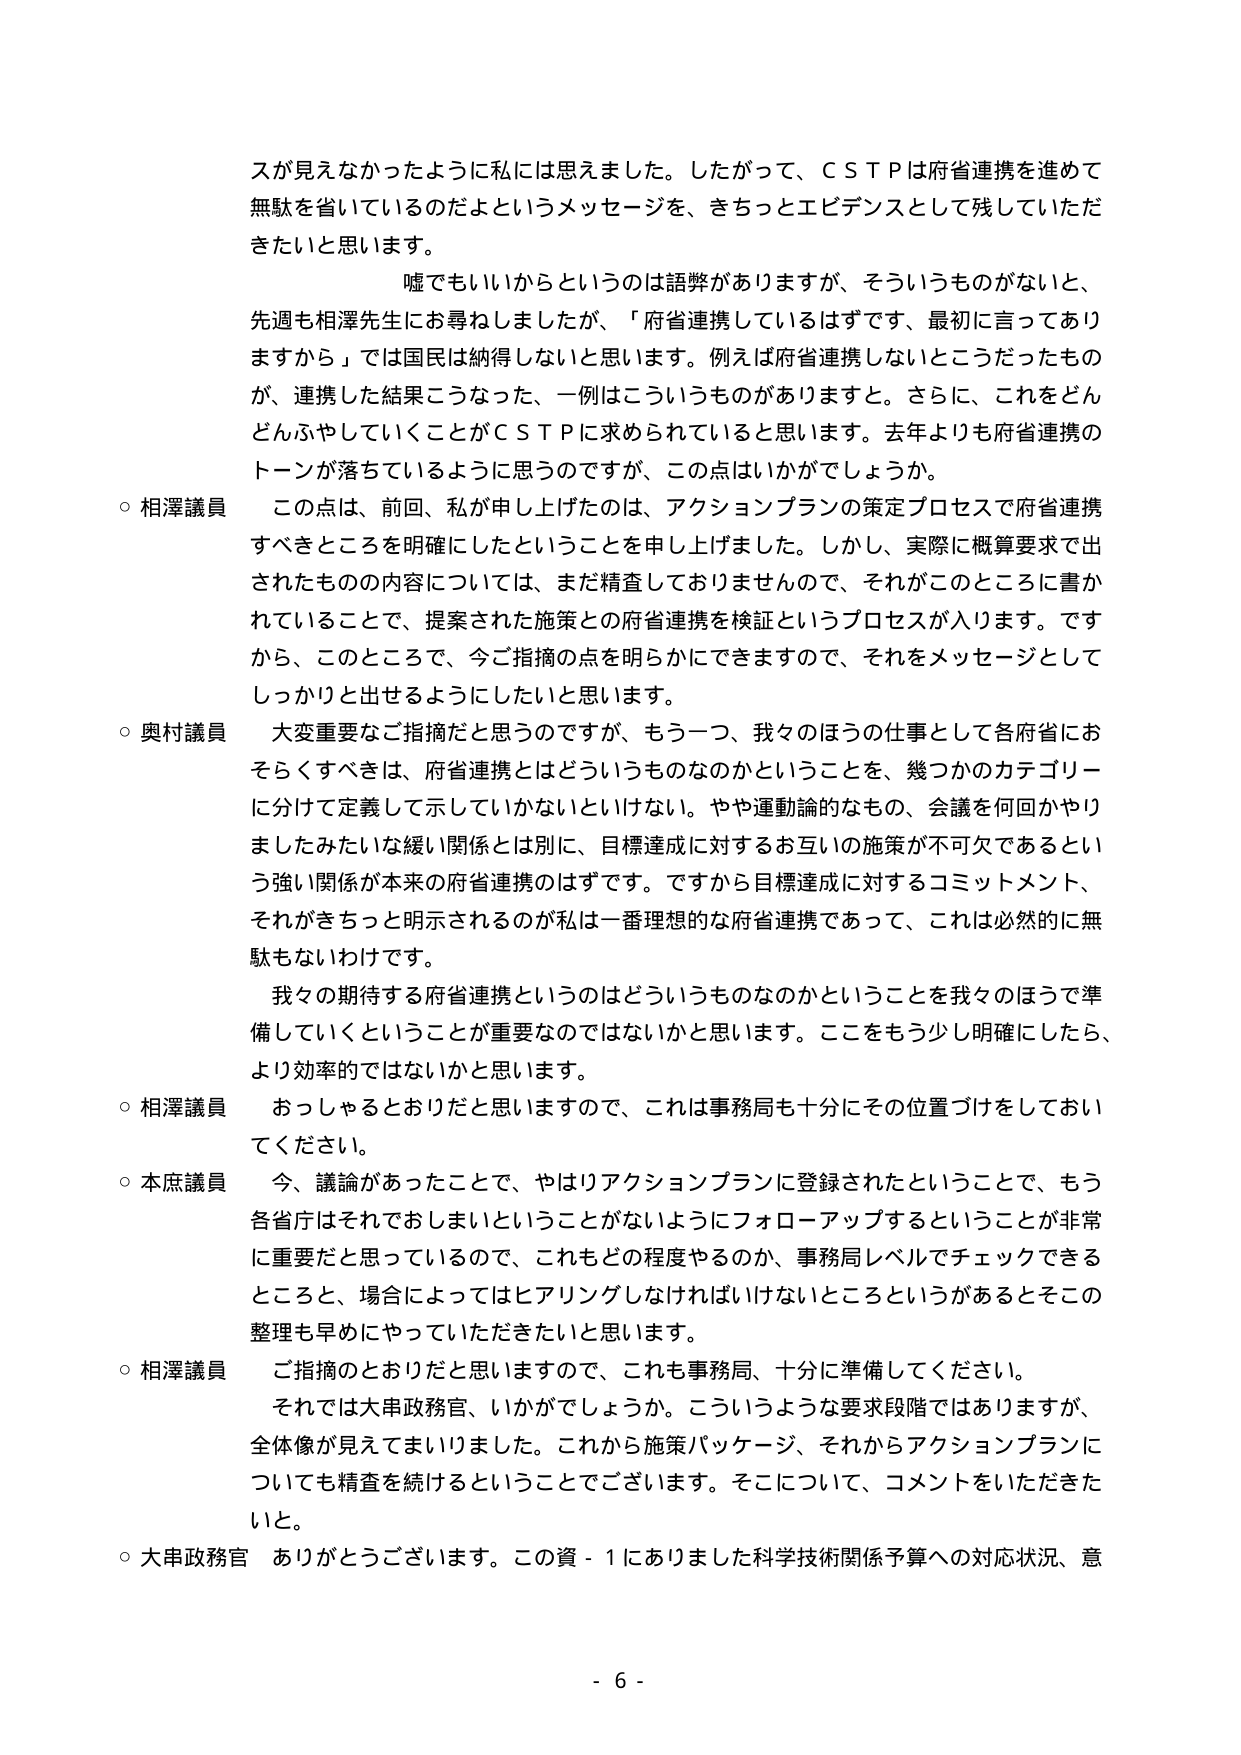
スが見えなかったように私には思えました。したがって、ＣＳＴＰは府省連携を進めて無駄を省いているのだよというメッセージを、きちっとエビデンスとして残していただきたいと思います。

嘘でもいいからというのは語弊がありますが、そういうものがないと、先週も相澤先生にお尋ねしましたが、「府省連携しているはずです、最初に言ってありますから」では国民は納得しないと思います。例えば府省連携しないところだったものが、連携した結果こうなった、一例はこういうものがあります。さらに、これをどんどんふやしていくことがＣＳＴＰに求められていると思います。去年よりも府省連携のトーンが落ちているように思うのですが、この点はいかがでしょうか。

○ 相澤議員　この点は、前回、私が申し上げたのは、アクションプランの策定プロセスで府省連携すべきところを明確にしたということを申し上げました。しかし、実際に概算要求で出されたものの内容については、まだ精査しておりませんので、それがこのところに書かれていることで、提案された施策との府省連携を検証というプロセスが入ります。ですから、このところで、今ご指摘の点を明らかにできますので、それをメッセージとしてしっかりと出せるようにしたいと思います。

○ 奥村議員　大変重要なご指摘だと思うのですが、もう一つ、我々のほうの仕事として各府省におそらくすべきは、府省連携とはどういうものなのかということを、幾つかのカテゴリーに分けて定義して示していかないといけない。やや運動論的なもの、会議を何回かやりましたみたいな緩い関係とは別に、目標達成に対するお互いの施策が不可欠であるという強い関係が本来の府省連携のはずです。ですから目標達成に対するコミットメント、それがきちっと明示されるのが私は一番理想的な府省連携であって、これは必然的に無駄もないわけです。

我々の期待する府省連携というのはどういうものなのかということを我々のほうで準備していくということが重要なのではないかと思います。ここをもう少し明確にしたら、より効率的ではないかと思います。

○ 相澤議員　おっしゃるとおりだと思いますので、これは事務局も十分にその位置づけをしておいてください。

○ 本庶議員　今、議論があったことで、やはりアクションプランに登録されたということで、もう各省庁はそれでおしまいということがないようにフォローアップするということが非常に重要だと思っているので、これもどの程度やるのか、事務局レベルでチェックできるところと、場合によってはヒアリングしなければいけないところというがあるとそこの整理も早めにやっていただきたいと思います。

○ 相澤議員　ご指摘のとおりだと思いますので、これも事務局、十分に準備してください。それでは大串政務官、いかがでしょうか。こういうような要求段階ではありますが、全体像が見えてまいりました。これから施策パッケージ、それからアクションプランについても精査を続けるということでございます。そこについて、コメントをいただきたいと。

○ 大串政務官　ありがとうございます。この資－１にありました科学技術関係予算への対応状況、意

- 6 -